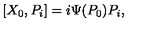
[ X _ { 0 } , P _ { i } ] = i \Psi ( P _ { 0 } ) P _ { i } ,